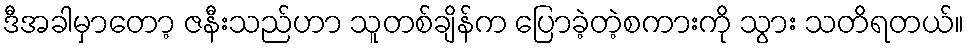
ဒီအခါမှာတော့ ဇနီးသည်ဟာ သူတစ်ချိန်က ပြောခဲ့တဲ့စကားကို သွား သတိရတယ်။